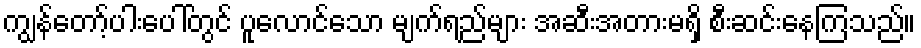
ကျွန်တော့်ပါးပေါ်တွင် ပူလောင်သော မျက်ရည်များ အဆီးအတားမရှိ စီးဆင်းနေကြသည်။